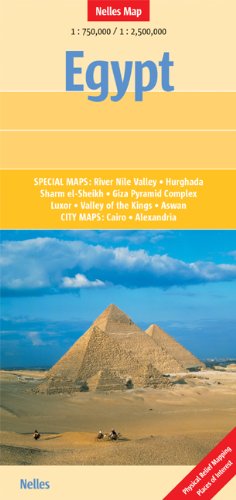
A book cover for Egypt Nelles Map; Nelles Verlag; Travel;